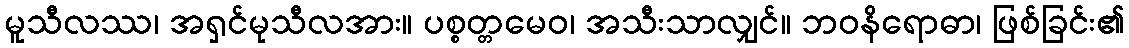
မူသီလဿ၊ အရှင်မုသီလအား။ ပစ္စတ္တမေဝ၊ အသီးသာလျှင်။ ဘဝနိရောဓာ၊ ဖြစ်ခြင်း၏